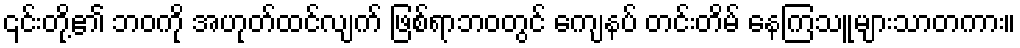
၎င်းတို့၏ ဘဝကို အဟုတ်ထင်လျက် ဖြစ်ရာဘဝတွင် ကျေနပ် တင်းတိမ် နေကြသူများသာတကား။